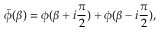
\bar { \phi } ( \beta ) = \phi ( \beta + i { \frac { \pi } { 2 } } ) + \phi ( \beta - i { \frac { \pi } { 2 } } ) ,